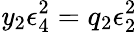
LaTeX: \mathit{y}_{2}\epsilon_{4}^{2}=q_{2}\epsilon_{2}^{2}